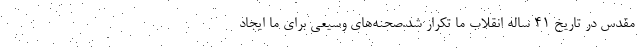
مقدس در تاریخ ۴۱ ساله انقلاب ما تکرار شد.صحنه‌های وسیعی برای ما ایجاد